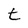
Character: t